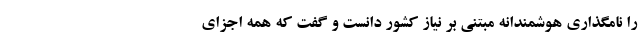
را نامگذاری هوشمندانه مبتنی بر نیاز کشور دانست و گفت که همه اجزای